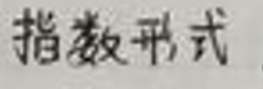
指数形式